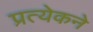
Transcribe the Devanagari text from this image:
प्रत्येकने